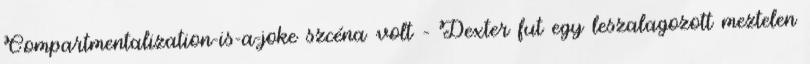
Compartmentalization-is-a-joke szcéna volt – Dexter fut egy leszalagozott meztelen